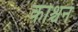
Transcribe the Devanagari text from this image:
कोश्चन